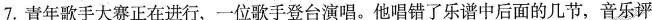
7.青年歌手大赛正在进行，一位歌手登台演唱。他唱错了乐谱中后面的几节，音乐评